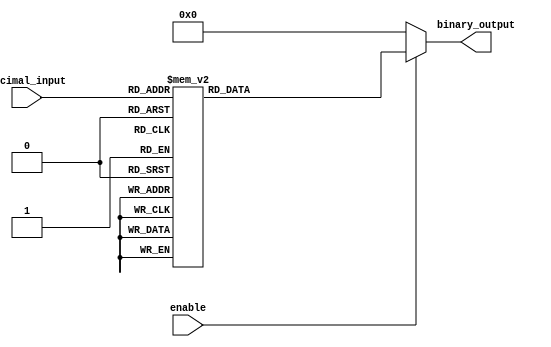
module DecimalToBinaryEncoder (
    input [3:0] decimal_input, // 4-bit decimal input (0 to 9)
    input enable,              // Enable signal
    output reg [3:0] binary_output // 4-bit binary output
);

// Combinational logic to encode decimal input to binary output
always @(*) begin
    if (!enable) begin
        // If enable is low, set output to default state (0000)
        binary_output = 4'b0000;
    end else begin
        // Check the valid decimal inputs and set binary output
        case (decimal_input)
            4'b0000: binary_output = 4'b0000; // 0
            4'b0001: binary_output = 4'b0001; // 1
            4'b0010: binary_output = 4'b0010; // 2
            4'b0011: binary_output = 4'b0011; // 3
            4'b0100: binary_output = 4'b0100; // 4
            4'b0101: binary_output = 4'b0101; // 5
            4'b0110: binary_output = 4'b0110; // 6
            4'b0111: binary_output = 4'b0111; // 7
            4'b1000: binary_output = 4'b1000; // 8
            4'b1001: binary_output = 4'b1001; // 9
            default: binary_output = 4'b0000; // Invalid input case (11xx)
        endcase
    end
end

endmodule